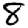
Digit: 8